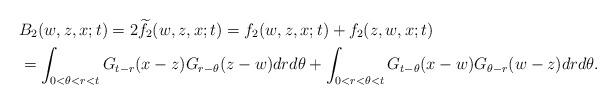
LaTeX: \begin{align*}& B_2(w,z,x;t)=2 \widetilde{f}_2(w,z,x;t)=f_2(w,z,x;t)+f_2(z,w,x;t) \\& =\int_{0<\theta<r<t}G_{t-r}(x-z)G_{r-\theta}(z-w)drd\theta+\int_{0<r<\theta<t}G_{t-\theta}(x-w)G_{\theta-r}(w-z)drd\theta.\end{align*}